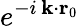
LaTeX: e^{-i\, \mathbf{k}\cdot\mathbf{r}_{0}}